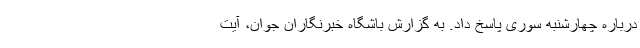
درباره چهارشنبه سوری پاسخ داد. به گزارش باشگاه خبرنگاران جوان، آیت